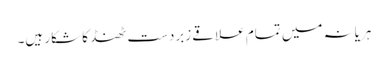
ہریانہ میں تمام علاقے زبردست ٹھنڈ کا شکار ہیں۔